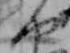
や